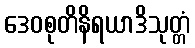
ဒေဝစုတိနိရယာဒိသုတ္တံ